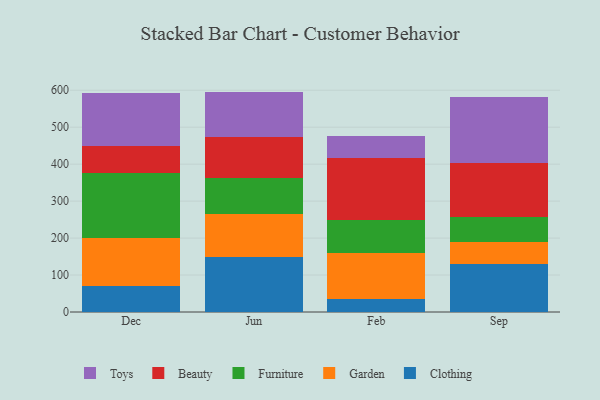
{"axis": {"x": "Month", "y": "Production Output"}, "legend": ["Beauty", "Clothing", "Furniture", "Garden", "Toys"], "data": [{"x": "Dec", "y": 71.5, "type": "Clothing"}, {"x": "Dec", "y": 129.8, "type": "Garden"}, {"x": "Dec", "y": 173.7, "type": "Furniture"}, {"x": "Dec", "y": 74.6, "type": "Beauty"}, {"x": "Dec", "y": 143.4, "type": "Toys"}, {"x": "Jun", "y": 149.3, "type": "Clothing"}, {"x": "Jun", "y": 115.5, "type": "Garden"}, {"x": "Jun", "y": 96.6, "type": "Furniture"}, {"x": "Jun", "y": 111.2, "type": "Beauty"}, {"x": "Jun", "y": 123.7, "type": "Toys"}, {"x": "Feb", "y": 34.0, "type": "Clothing"}, {"x": "Feb", "y": 126.0, "type": "Garden"}, {"x": "Feb", "y": 88.9, "type": "Furniture"}, {"x": "Feb", "y": 168.3, "type": "Beauty"}, {"x": "Feb", "y": 59.1, "type": "Toys"}, {"x": "Sep", "y": 130.9, "type": "Clothing"}, {"x": "Sep", "y": 57.4, "type": "Garden"}, {"x": "Sep", "y": 67.8, "type": "Furniture"}, {"x": "Sep", "y": 148.2, "type": "Beauty"}, {"x": "Sep", "y": 178.0, "type": "Toys"}]}